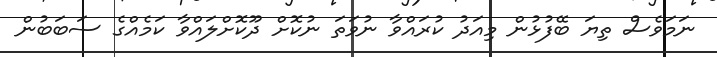
ނަމަވެސް ތިޔަ ބޭފުޅުން މިއަދު ކުރައްވާ ނުވަތަ ނުކޮށް ދޫކޮށްލައްވާ ކަމެއްގެ ސަބަބުން